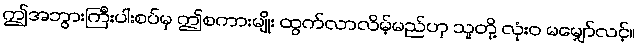
ဤအဘွားကြီးပါးစပ်မှ ဤစကားမျိုး ထွက်လာလိမ့်မည်ဟု သူတို့ လုံးဝ မမျှော်လင့်။